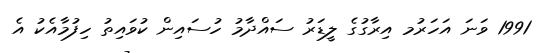
1991 ވަނަ އަހަރުމ އިރާގުގެ ލީޑަރު ސައްދާމު ހުސައިން ކުވައިތު ހިފުމާއެކު އެ